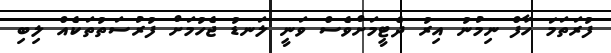
ފުރަތަމަ ހާފް ނިމުނު އިރު ދެޓީމަށްވެސް ވަނީ ލަނޑު ޖެހުމަށް ފުރުސަތުތަކެއް ލިބި